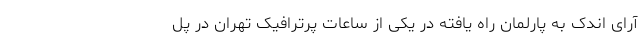
آرای اندک به پارلمان راه یافته در یکی از ساعات پرترافیک تهران در پل